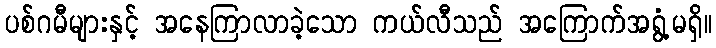
ပစ်ဂမီများနှင့် အနေကြာလာခဲ့သော ကယ်လီသည် အကြောက်အရွံ့မရှိ။